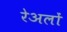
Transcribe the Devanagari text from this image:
रेअलों